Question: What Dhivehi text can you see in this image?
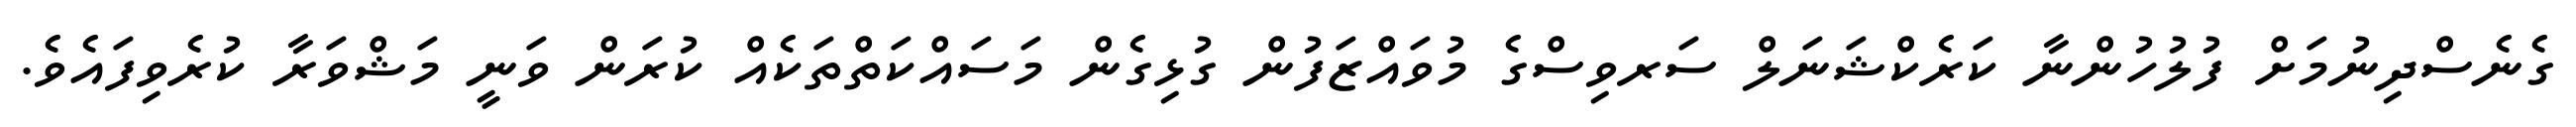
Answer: ގެނެސްދިނުމަށް ފުލުހުންނާ ކަރެކްޝަނަލް ސަރވިސްގެ މުވައްޒަފުން ގުޅިގެން މަސައްކަތްތަކެއް ކުރަން ވަނީ މަޝްވަރާ ކުރެވިފައެވެ.